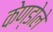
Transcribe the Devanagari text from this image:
केण्डोले